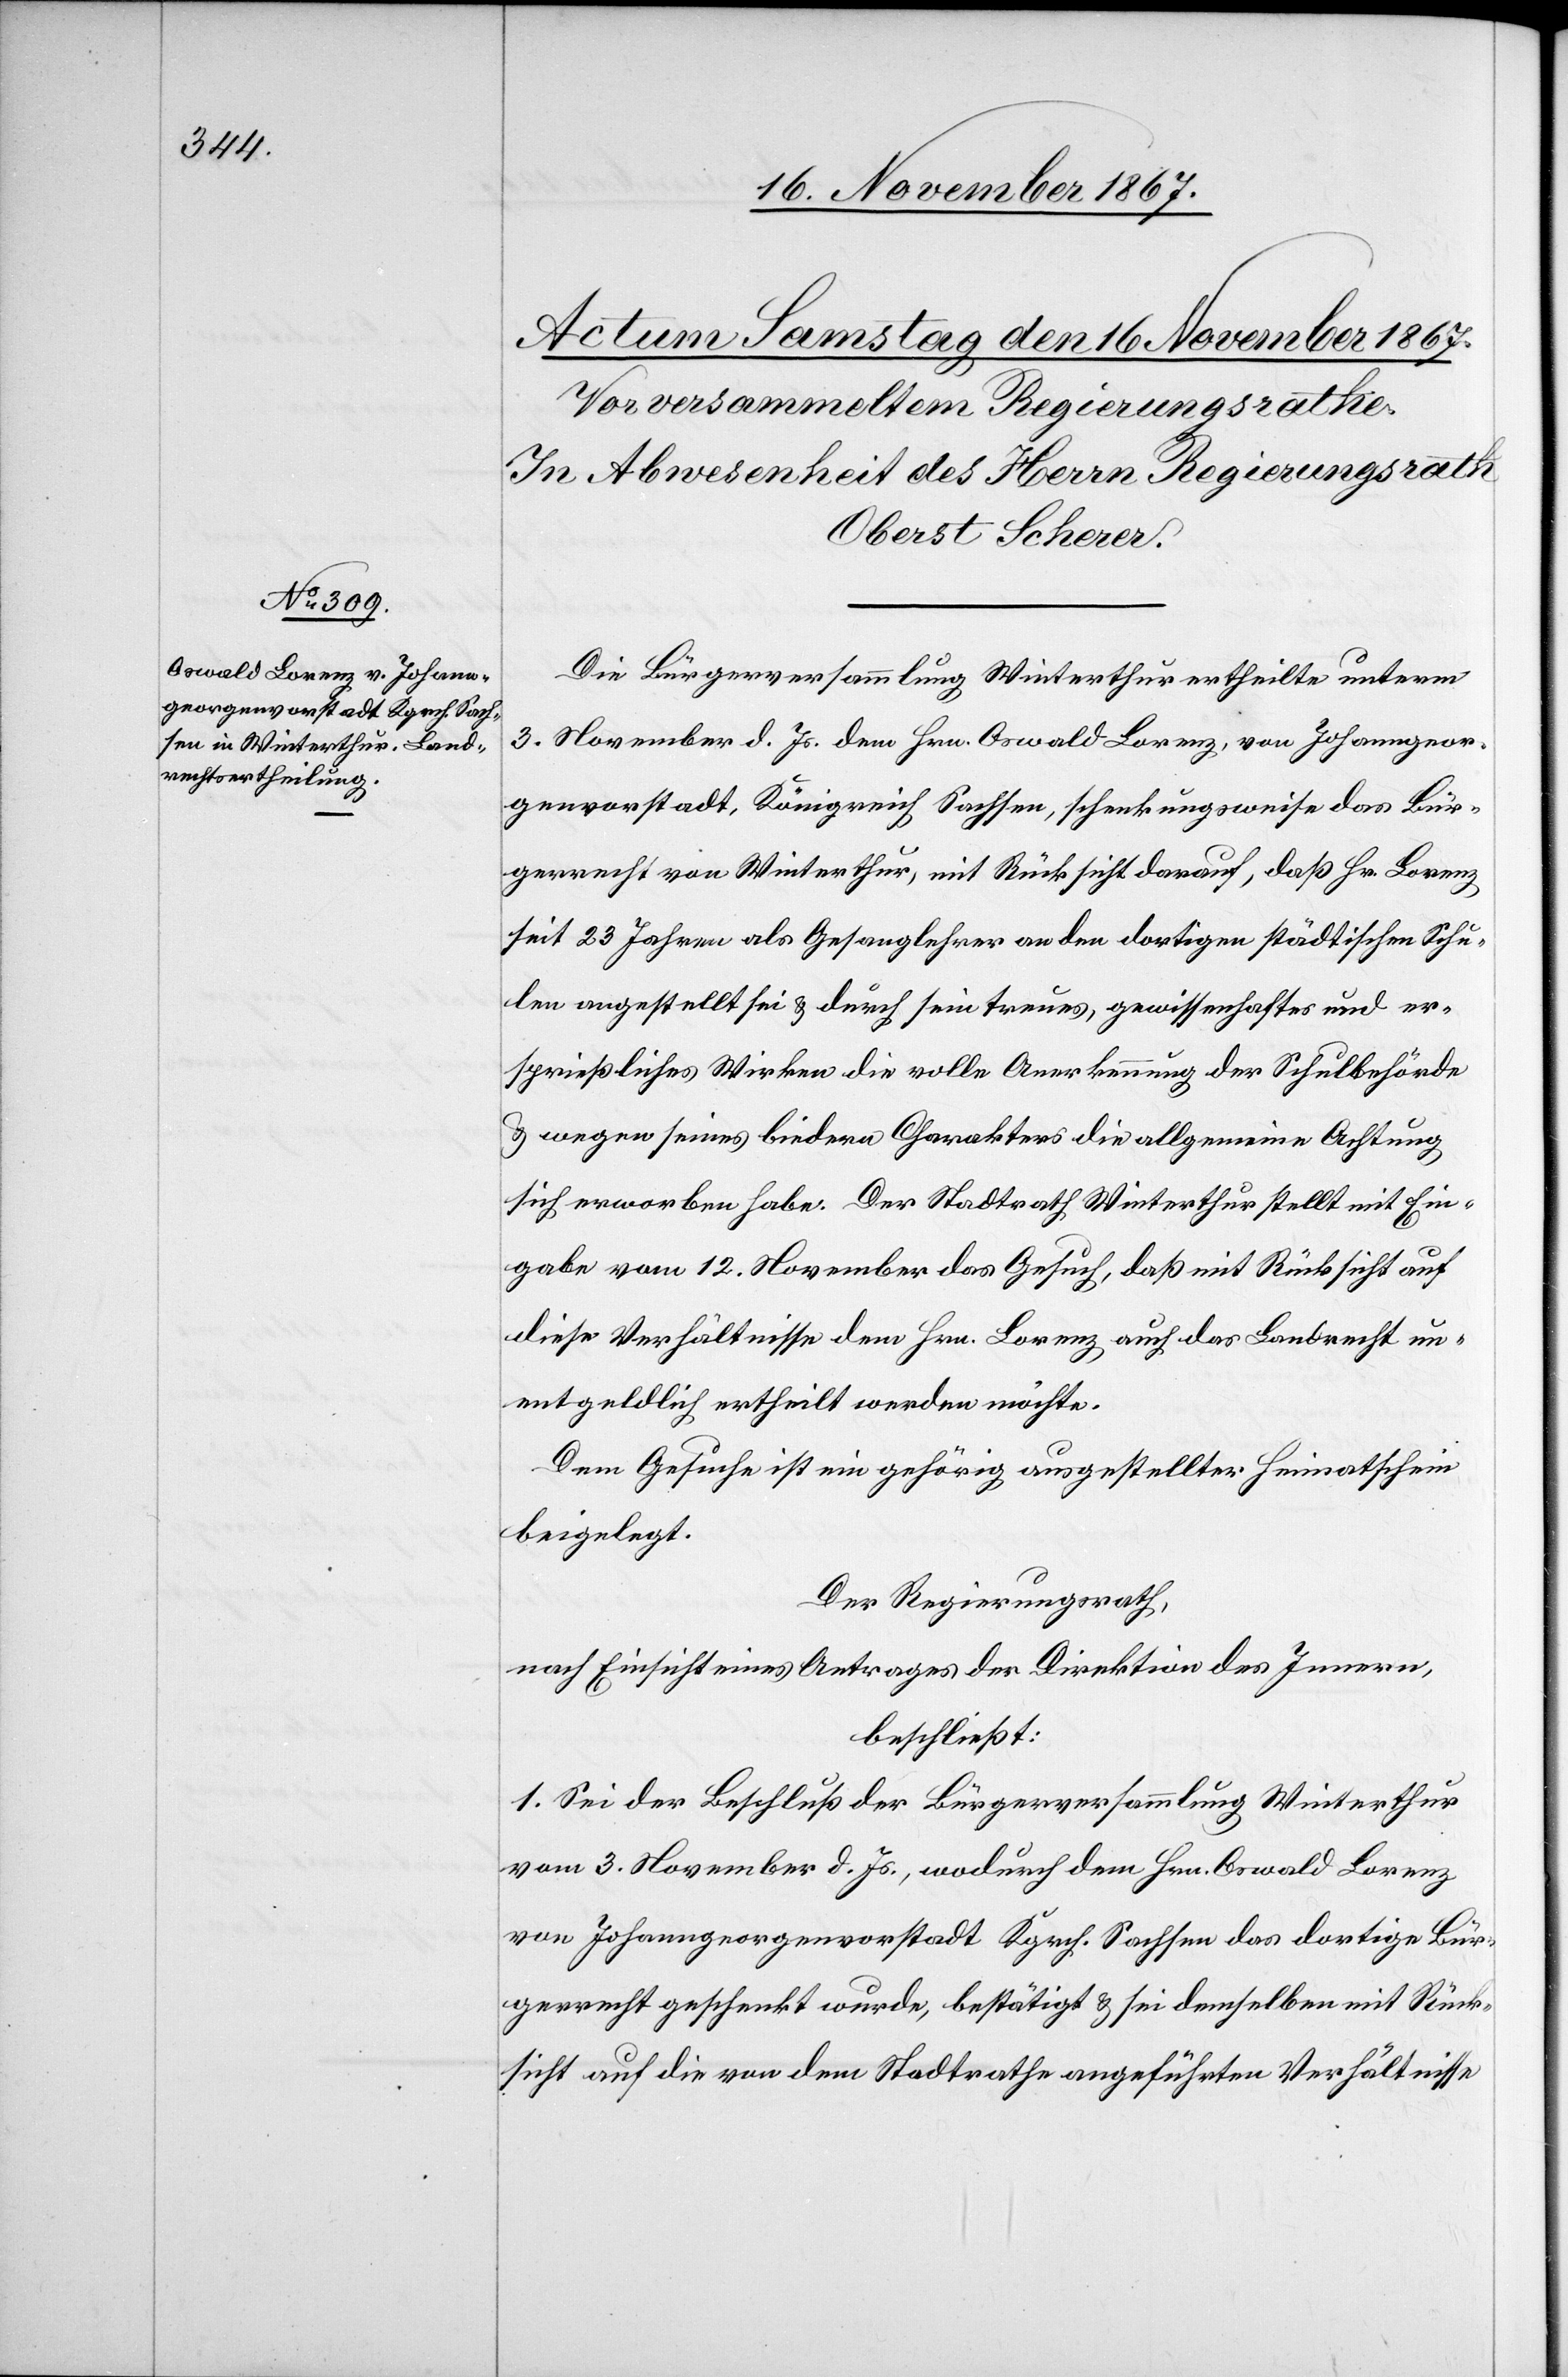
Die Bürgerversammlung Winterthur ertheilte unterm
3. November d. Js. dem Hrn. Oswald Lorenz, von Johanngeor¬
genvorstadt, Königreich Sachsen, schenkungsweise das Bür¬
gerrecht von Winterthur, mit Rücksicht darauf, daß Hr. Lorenz
seit 23 Jahren als Gesanglehrer an den dortigen städtischen Schu¬
len angestellt sei u. durch sein treues, gewissenhaftes und er¬
sprießliches Wirken die volle Anerkennung der Schulbehörde
u. wegen seines biedern Charakters die allgemeine Achtung
sich erworben habe. Der Stadtrath Winterthur stellt mit Ein¬
gabe vom 12. November das Gesuch, daß mit Rücksicht auf
diese Verhältnisse dem Hrn. Lorenz auch das Landrecht un¬
entgeldlich ertheilt werden möchte.
Dem Gesuch ist ein gehörig ausgestellter Heimatschein
beigelegt.
Der Regierungsrath,
nach Einsicht eines Antrages der Direktion des Innern,
beschließt:
1. Sei der Beschluß der Bürgerversammlung Winterthur
vom 3. November d. Js., wodurch dem Hrn. Oswald Lorenz
von Johanngeorgenvorstadt Kgrch. Sachsen das dortige Bür¬
gerrecht geschenkt wurde, bestätigt u. sei demselben mit Rück¬
sicht auf die von dem Stadtrathe angeführten Verhältnisse